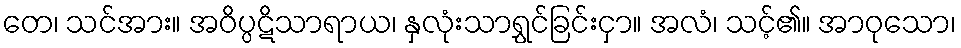
တေ၊ သင်အား။ အဝိပ္ပဋိသာရာယ၊ နှလုံးသာရွှင်ခြင်းငှာ။ အလံ၊ သင့်၏။ အာဝုသော၊